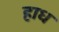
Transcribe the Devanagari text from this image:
हाध